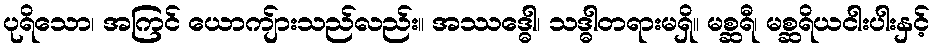
ပုရိသော၊ အကြင် ယောကျ်ားသည်လည်း။ အဿဒ္ဓေါ၊ သဒ္ဓါတရားမရှိ။ မစ္ဆရီ၊ မစ္ဆရိယငါးပါးနှင့်